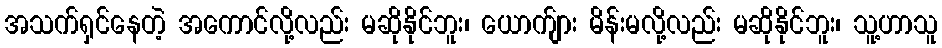
အသက်ရှင်နေတဲ့ အကောင်လို့လည်း မဆိုနိုင်ဘူး၊ ယောက်ျား မိန်းမလို့လည်း မဆိုနိုင်ဘူး၊ သူ့ဟာသူ